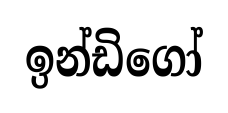
ඉන්ඩිගෝ